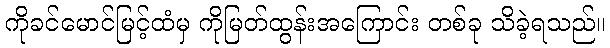
ကိုခင်မောင်မြင့်ထံမှ ကိုမြတ်ထွန်းအကြောင်း တစ်ခု သိခဲ့ရသည်။